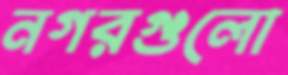
নগরগুলো